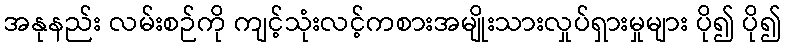
အနုနည်း လမ်းစဉ်ကို ကျင့်သုံးလင့်ကစားအမျိုးသားလှုပ်ရှားမှုများ ပို၍ ပို၍